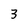
Character: 3